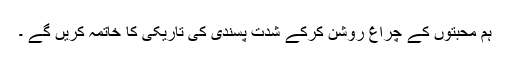
ہم محبتوں کے چراغ روشن کرکے شدت پسندی کی تاریکی کا خاتمہ کریں گے ۔